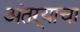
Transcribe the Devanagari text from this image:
अंतऱ्याचा